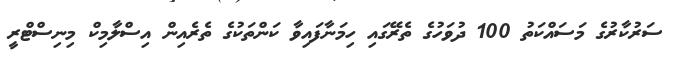
ސަރުކާރުގެ މަސައްކަތު 100 ދުވަހުގެ ތެރޭގައި ހިމަނާފައިވާ ކަންތަކުގެ ތެރެއިން އިސްލާމިކް މިނިސްޓްރީ